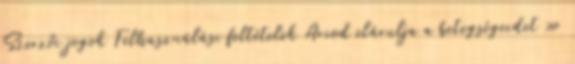
Szerzői jogok Felhasználási feltételek Arcod elárulja a betegségeidet »